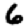
Digit: 6